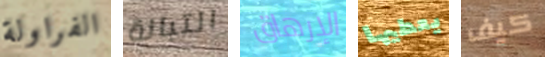
الفراولة التبانة الإرهاق يعطيها كيف